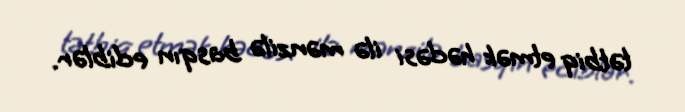
tətbiq etmək hədəsi ilə mənzilə basqın ediblər.